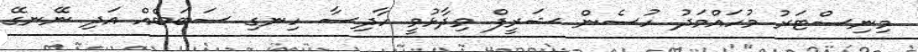
މިނިސްޓަރު މުހައްމަދު ހުސެން ޝަރީފް ވިދާޅުވީ ހާދިސާ ހިނގި ސަބަބެއް އަދި ނޭނގޭ